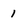
Character: 1